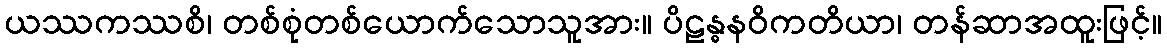
ယဿကဿစိ၊ တစ်စုံတစ်ယောက်သောသူအား။ ပိဠန္ဓနဝိကတိယာ၊ တန်ဆာအထူးဖြင့်။